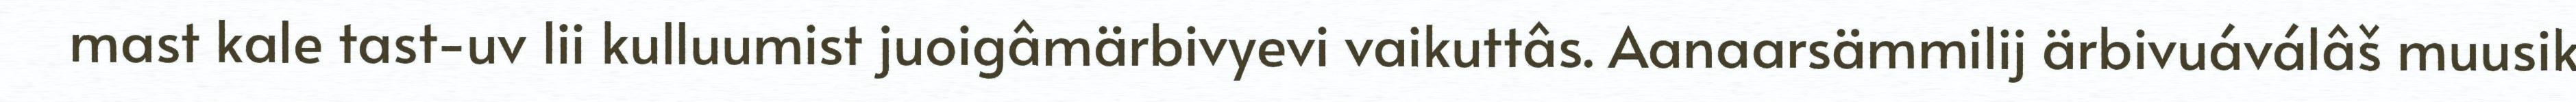
mast kale tast-uv lii kulluumist juoigâmärbivyevi vaikuttâs. Aanaarsämmilij ärbivuáválâš muusik